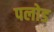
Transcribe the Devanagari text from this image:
पलोड